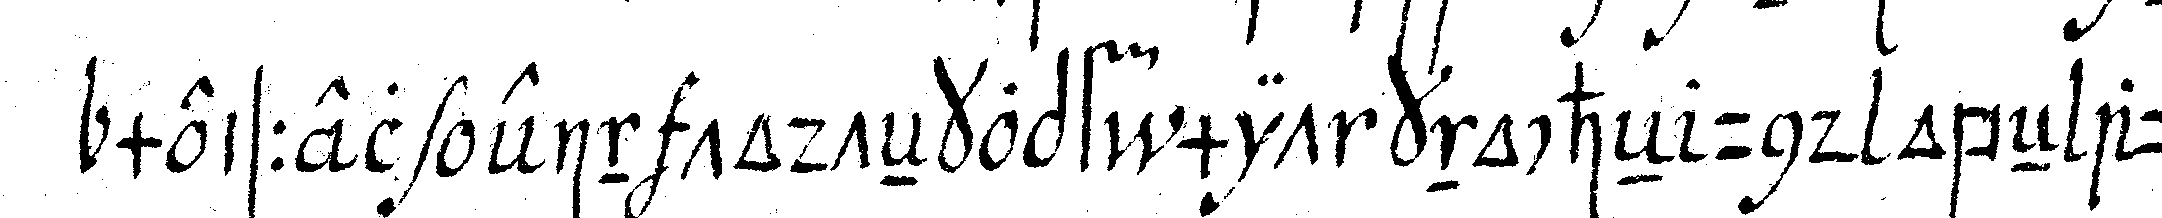
meissel ein todteNkopfi mit knocheN und obeN auf